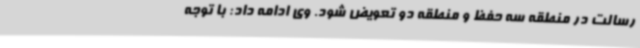
رسالت در منطقه سه حفظ و منطقه دو تعویض شود. وی ادامه داد: با توجه